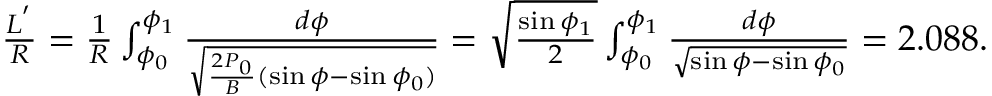
\begin{array} { r } { \frac { L ^ { ' } } { R } = \frac { 1 } { R } \int _ { \phi _ { 0 } } ^ { \phi _ { 1 } } \frac { d \phi } { \sqrt { \frac { 2 P _ { 0 } } { B } ( \sin \phi - \sin \phi _ { 0 } ) } } = \sqrt { \frac { \sin \phi _ { 1 } } { 2 } } \int _ { \phi _ { 0 } } ^ { \phi _ { 1 } } \frac { d \phi } { \sqrt { \sin \phi - \sin \phi _ { 0 } } } = 2 . 0 8 8 . } \end{array}